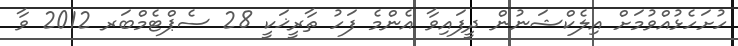
ހުށަހެޅުއްވުމަށް އިލެކްޝަނުން ދީފައިވާ އެންމެ ފަހު ތާރީޚަކީ 28 ސެޕްޓެމްބަރ 2012 ވާ